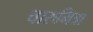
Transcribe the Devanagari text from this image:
चारुमित्रा